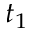
t _ { 1 }